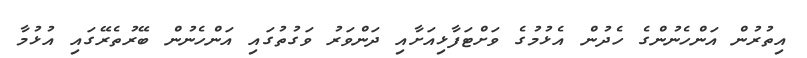
އިތުރުން އަންހެނުންގެ ހެދުން އެޅުމުގެ ވަށްޓަފާޅިއަށާއި ދަންވަރު ވަގުތުގައި އަންހެނުން ބޭރުތެރޭގައި އުޅުމާ